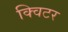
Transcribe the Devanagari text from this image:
क्विटर